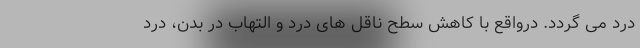
درد می گردد. درواقع با کاهش سطح ناقل های درد و التهاب در بدن، درد